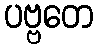
ပဗ္ဗတေ